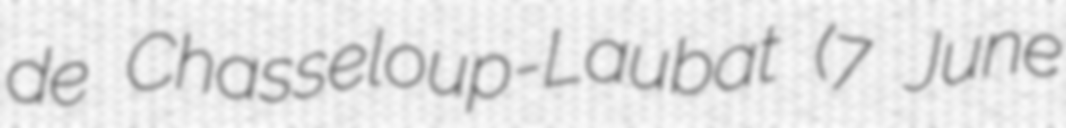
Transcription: de Chasseloup-Laubat (7 June